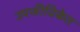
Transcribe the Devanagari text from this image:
उपजीविकेत